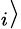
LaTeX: _{i}\rangle